Civil Veterinary Department. Central Provinces & Berar 1932-41 - 1932-1941
Year: 1932
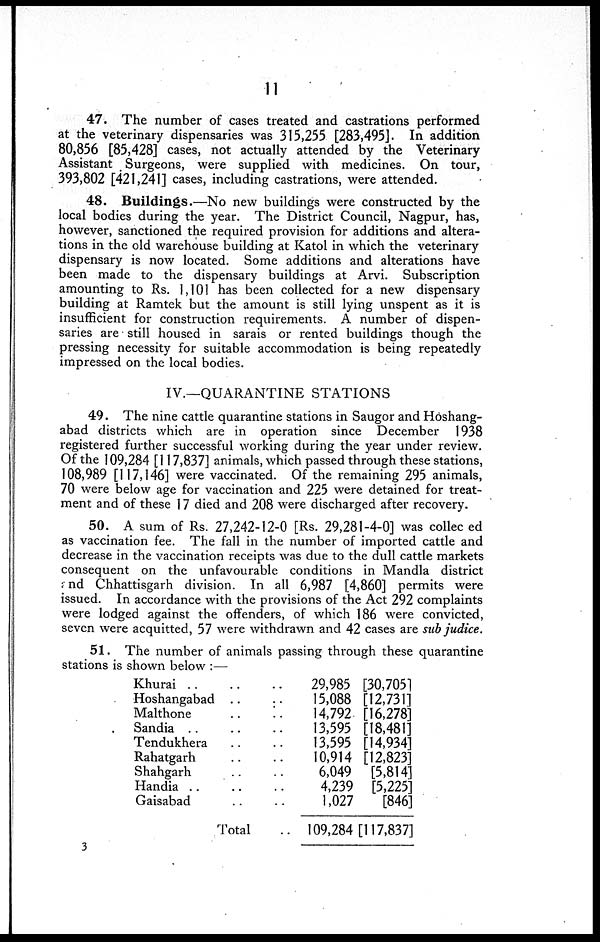
11
47. The number of cases treated and castrations performed
at the veterinary dispensaries was 315,255 [283,495]. In addition
80,856 [85,428] cases, not actually attended by the Veterinary
Assistant Surgeons, were supplied with medicines. On tour,
393,802 [421,241] cases, including castrations, were attended.
48. Buildings.—No new buildings were constructed by the
local bodies during the year. The District Council, Nagpur, has,
however, sanctioned the required provision for additions and altera-
tions in the old warehouse building at Katol in which the veterinary
dispensary is now located. Some additions and alterations have
been made to the dispensary buildings at Arvi. Subscription
amounting to Rs. 1,101 has been collected for a new dispensary
building at Ramtek but the amount is still lying unspent as it is
insufficient for construction requirements. A number of dispen-
saries are still housed in sarais or rented buildings though the
pressing necessity for suitable accommodation is being repeatedly
impressed on the local bodies.
IV.—QUARANTINE STATIONS
49. The nine cattle quarantine stations in Saugor and Hoshang-
abad districts which are in operation since December 1938
registered further successful working during the year under review.
Of the 109,284 [117,837] animals, which passed through these stations,
108,989 [117,146] were vaccinated. Of the remaining 295 animals,
70 were below age for vaccination and 225 were detained for treat-
ment and of these 17 died and 208 were discharged after recovery.
50. A sum of Rs. 27,242-12-0 [Rs. 29,281-4-0] was collec ed
as vaccination fee. The fall in the number of imported cattle and
decrease in the vaccination receipts was due to the dull cattle markets
consequent on the unfavourable conditions in Mandla district
and Chhattisgarh division. In all 6,987 [4,860] permits were
issued. In accordance with the provisions of the Act 292 complaints
were lodged against the offenders, of which 186 were convicted,
seven were acquitted, 57 were withdrawn and 42 cases are sub judice.
51. The number of animals passing through these quarantine
stations is shown below :—
Khurai .. .. ..
Hoshangabad .. ..
Malthone .. ..
Sandia .. .. ..
Tendukhera .. ..
Rahatgarh .. ..
Shahgarh .. ..
Handia .. .. ..
Gaisabad .. ..
Total ..
29,985
15,088
14,792
13,595
13,595
10,914
6,049
4,239
1,027
109,284
[30,705]
[12,731]
[16,278]
[18,481]
[14,934]
[12,823]
[5,814]
[5,225]
[846]
[117,837]
3